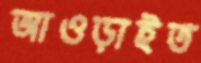
আওড়াইত